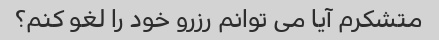
متشکرم آیا می توانم رزرو خود را لغو کنم؟